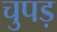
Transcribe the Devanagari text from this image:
चुपड़